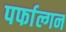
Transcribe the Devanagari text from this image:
पर्फाल्गन